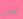
أوصي